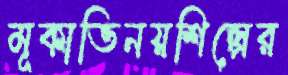
মূকাভিনয়শিল্পের